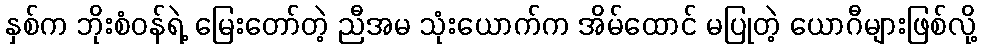
နှစ်က ဘိုးစံဝန်ရဲ့ မြေးတော်တဲ့ ညီအမ သုံးယောက်က အိမ်ထောင် မပြုတဲ့ ယောဂီများဖြစ်လို့